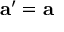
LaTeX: \mathbf { a } ^ { \prime } = \mathbf { a }